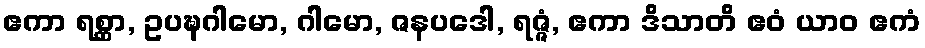
ဧကာ ရစ္ဆာ, ဥပဍ္ဎဂါမော, ဂါမော, ဇနပဒေါ, ရဇ္ဇံ, ဧကာ ဒိသာတိ ဧဝံ ယာဝ ဧကံ